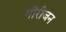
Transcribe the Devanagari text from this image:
गीरीजन